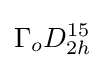
\Gamma _{o}D_{2h}^{15}